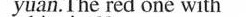
yuan.The red one with